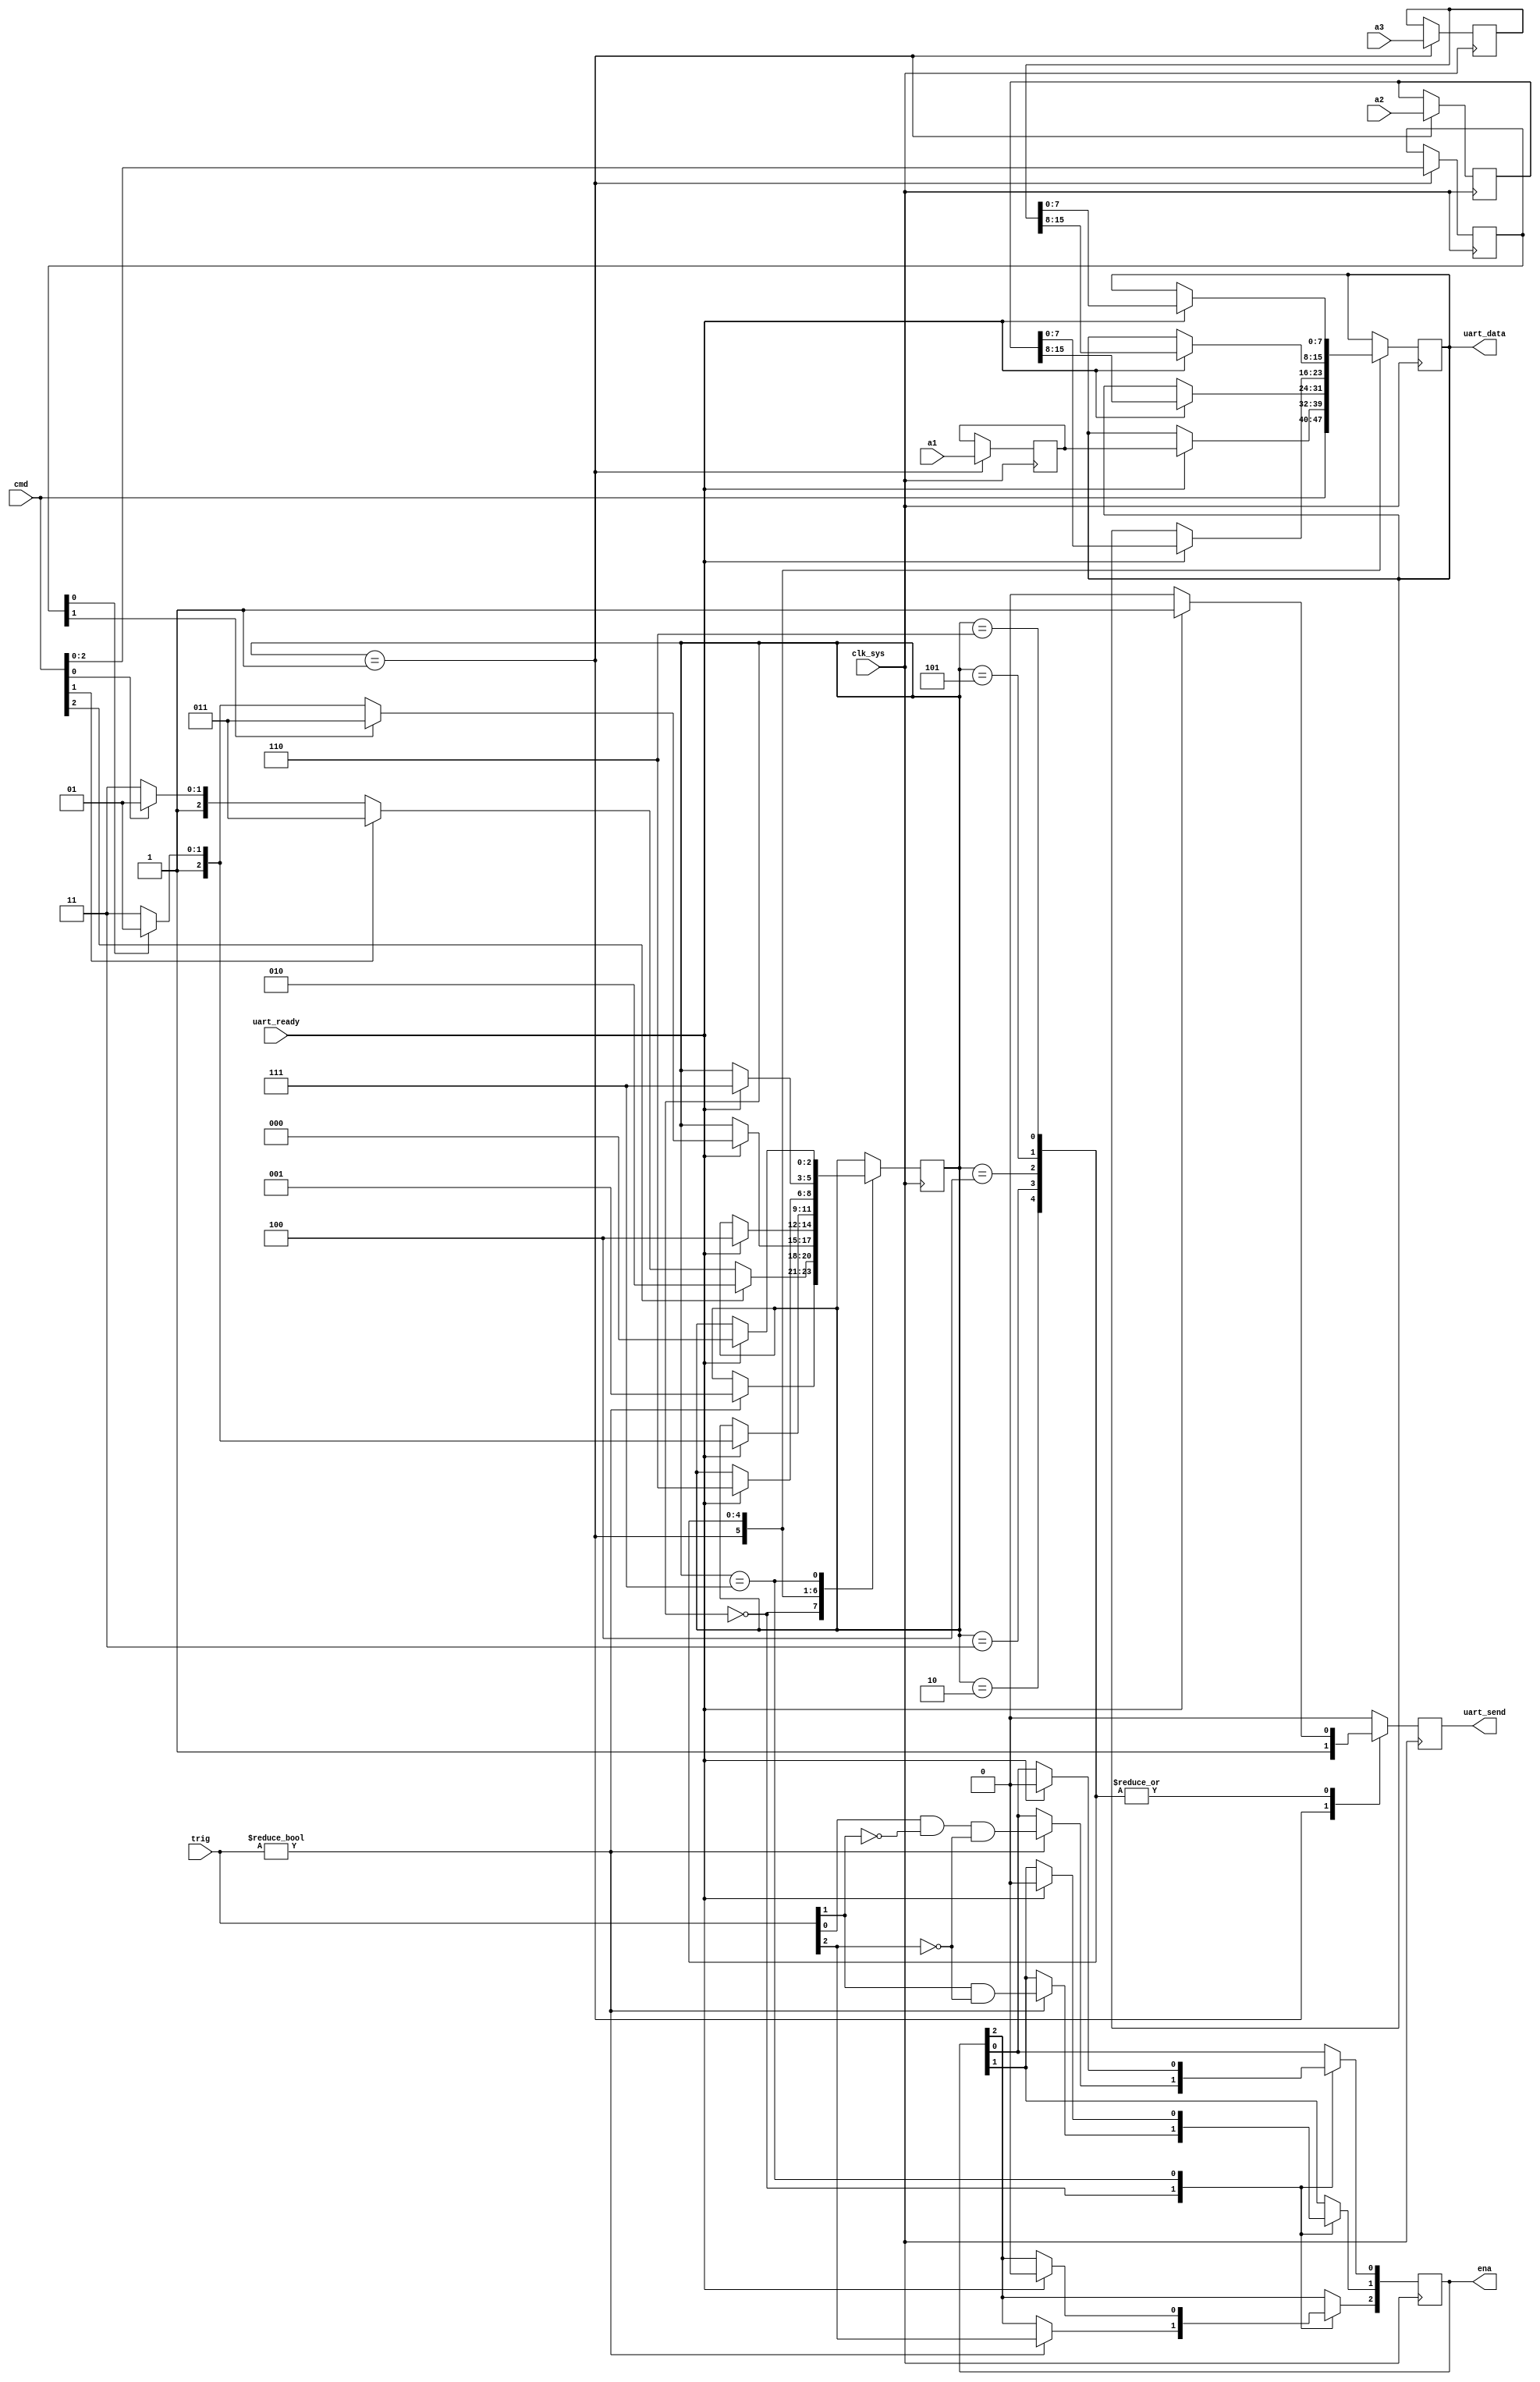
module msg_tx(

	input clk_sys,

	output [0:7] uart_data,
	output uart_send,
	input uart_ready,

	input [0:2] trig,
	output [0:2] ena,

	input [0:7] cmd,
	input [0:7] a1,
	input [0:15] a2,
	input [0:15] a3
);

	// --- Transmission ------------------------------------------------------

	localparam IDLE	= 3'd0;
	localparam LOAD	= 3'd1;
	localparam A1	  = 3'd2;
	localparam A2H	= 3'd3;
	localparam A2L	= 3'd4;
	localparam A3H	= 3'd5;
	localparam A3L	= 3'd6;
	localparam WAIT	= 3'd7;

	reg [0:2] state = IDLE;

	reg [1:3] a;
	reg [0:7] ia1;
	reg [0:15] ia2;
	reg [0:15] ia3;

	always @ (posedge clk_sys) begin

		uart_send <= 0;

		case (state)

			IDLE: begin
				if (trig != 3'b0) begin
					ena[0] <= trig[0];
					ena[1] <= trig[1] & ~trig[0];
					ena[2] <= trig[2] & ~trig[1] & ~trig[0];
					state <= LOAD;
				end
			end

			LOAD: begin
				a <= cmd[5:7];
				ia1 <= a1;
				ia2 <= a2;
				ia3 <= a3;
				uart_data <= cmd;
				uart_send <= 1;
				if (cmd[5]) state <= A1;
				else if (cmd[6]) state <= A2H;
				else if (cmd[7]) state <= A3H;
				else state <= WAIT;
			end

			A1: begin
				if (uart_ready) begin
					uart_data <= ia1;
					uart_send <= 1;
					if (a[2]) state <= A2H;
					else if (a[3]) state <= A3H;
					else state <= WAIT;
				end
			end

			A2H: begin
				if (uart_ready) begin
					uart_data <= ia2[0:7];
					uart_send <= 1;
					state <= A2L;
				end
			end

			A2L: begin
				if (uart_ready) begin
					uart_data <= ia2[8:15];
					uart_send <= 1;
					if (a[3]) state <= A3H;
					else state <= WAIT;
				end
			end

			A3H: begin
				if (uart_ready) begin
					uart_data <= ia3[0:7];
					uart_send <= 1;
					state <= A3L;
				end
			end

			A3L: begin
				if (uart_ready) begin
					uart_data <= ia3[8:15];
					uart_send <= 1;
					state <= WAIT;
				end
			end

			WAIT: begin
				if (uart_ready) begin
					ena <= 3'd0;
					state <= IDLE;
				end
			end

		endcase
	end

endmodule